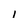
Character: 1